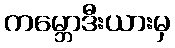
ကမ္ဘောဒီးယားမှ